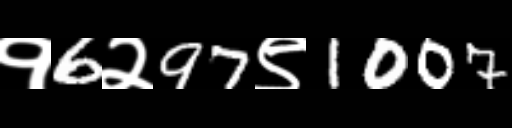
Text: १6२97९1007